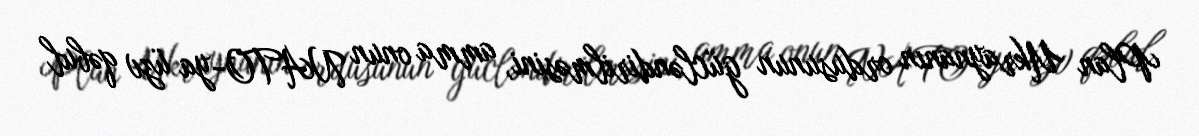
Plan Ukraynanın ordusunun gücləndirilməsini, amma onun NATO-ya üzv qəbul